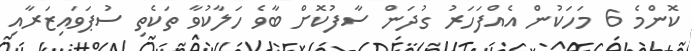
ކޮންމެ 6 މަހަކުން އެއްފަހަރު ގުދަން ސާފުކޮށް ބާވެ ހަލާކުވާ ތަކެތި ސުޕަވައިޒަރާއި